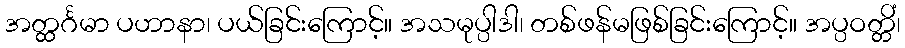
အတ္ထင်္ဂမာ ပဟာနာ၊ ပယ်ခြင်းကြောင့်။ အသမုပ္ပါဒါ၊ တစ်ဖန်မဖြစ်ခြင်းကြောင့်။ အပ္ပဝတ္တိံ၊